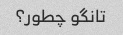
تانگو چطور؟